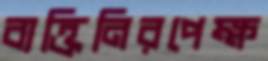
ব্যক্তিনিরপেক্ষ